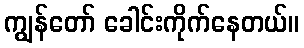
ကျွန်တော် ခေါင်းကိုက်နေတယ်။